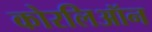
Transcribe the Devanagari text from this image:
कोरलिऑन